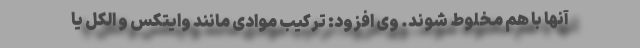
آنها با هم مخلوط شوند. وی افزود: ترکیب موادی مانند وایتکس و الکل یا